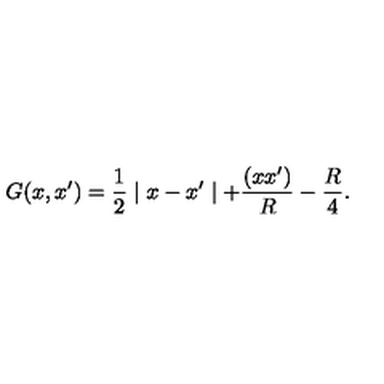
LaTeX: G ( x , x ^ { \prime } ) = \frac { 1 } { 2 } \mid x - x ^ { \prime } \mid + { \frac { ( x x ^ { \prime } ) } { R } } - { \frac { R } { 4 } } .